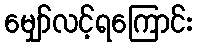
မျှော်လင့်ရကြောင်း